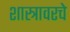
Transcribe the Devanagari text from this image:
शास्त्रावरचे